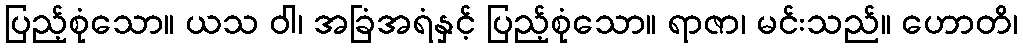
ပြည့်စုံသော။ ယသ ဝါ၊ အခြံအရံနှင့် ပြည့်စုံသော။ ရာဇာ၊ မင်းသည်။ ဟောတိ၊